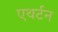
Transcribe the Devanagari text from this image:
एथर्टन